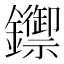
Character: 𨯣